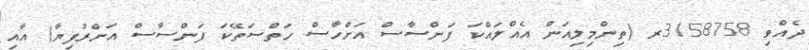
ދެއްވި 3158758ރ (ތިންމިލިއަން އެއްލައްކަ ފަންސާސް އަށްހާސް ހަތްސަތޭކަ ފަންސާސް އަށްރުފިޔާ) އާއި